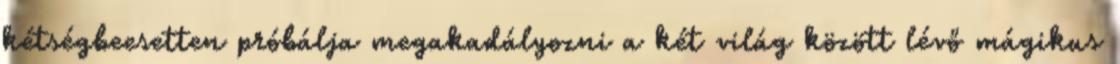
kétségbeesetten próbálja megakadályozni a két világ között lévő mágikus